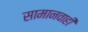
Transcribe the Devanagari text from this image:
सामानवाही